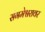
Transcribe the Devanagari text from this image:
संगमेश्वरावर